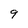
Character: 9